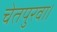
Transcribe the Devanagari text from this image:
चेतपुरवा।